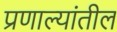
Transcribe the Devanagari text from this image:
प्रणाल्यांतील